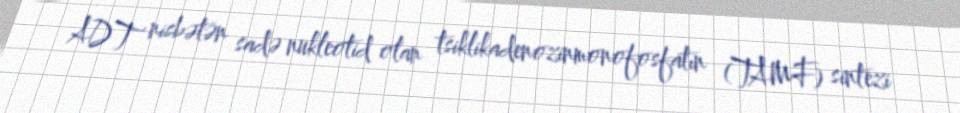
ADT nisbətən sadə nukleotid olan tsiklikadenozinmonofosfatın (TAMF) sintezi